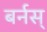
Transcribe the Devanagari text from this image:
बर्नस्